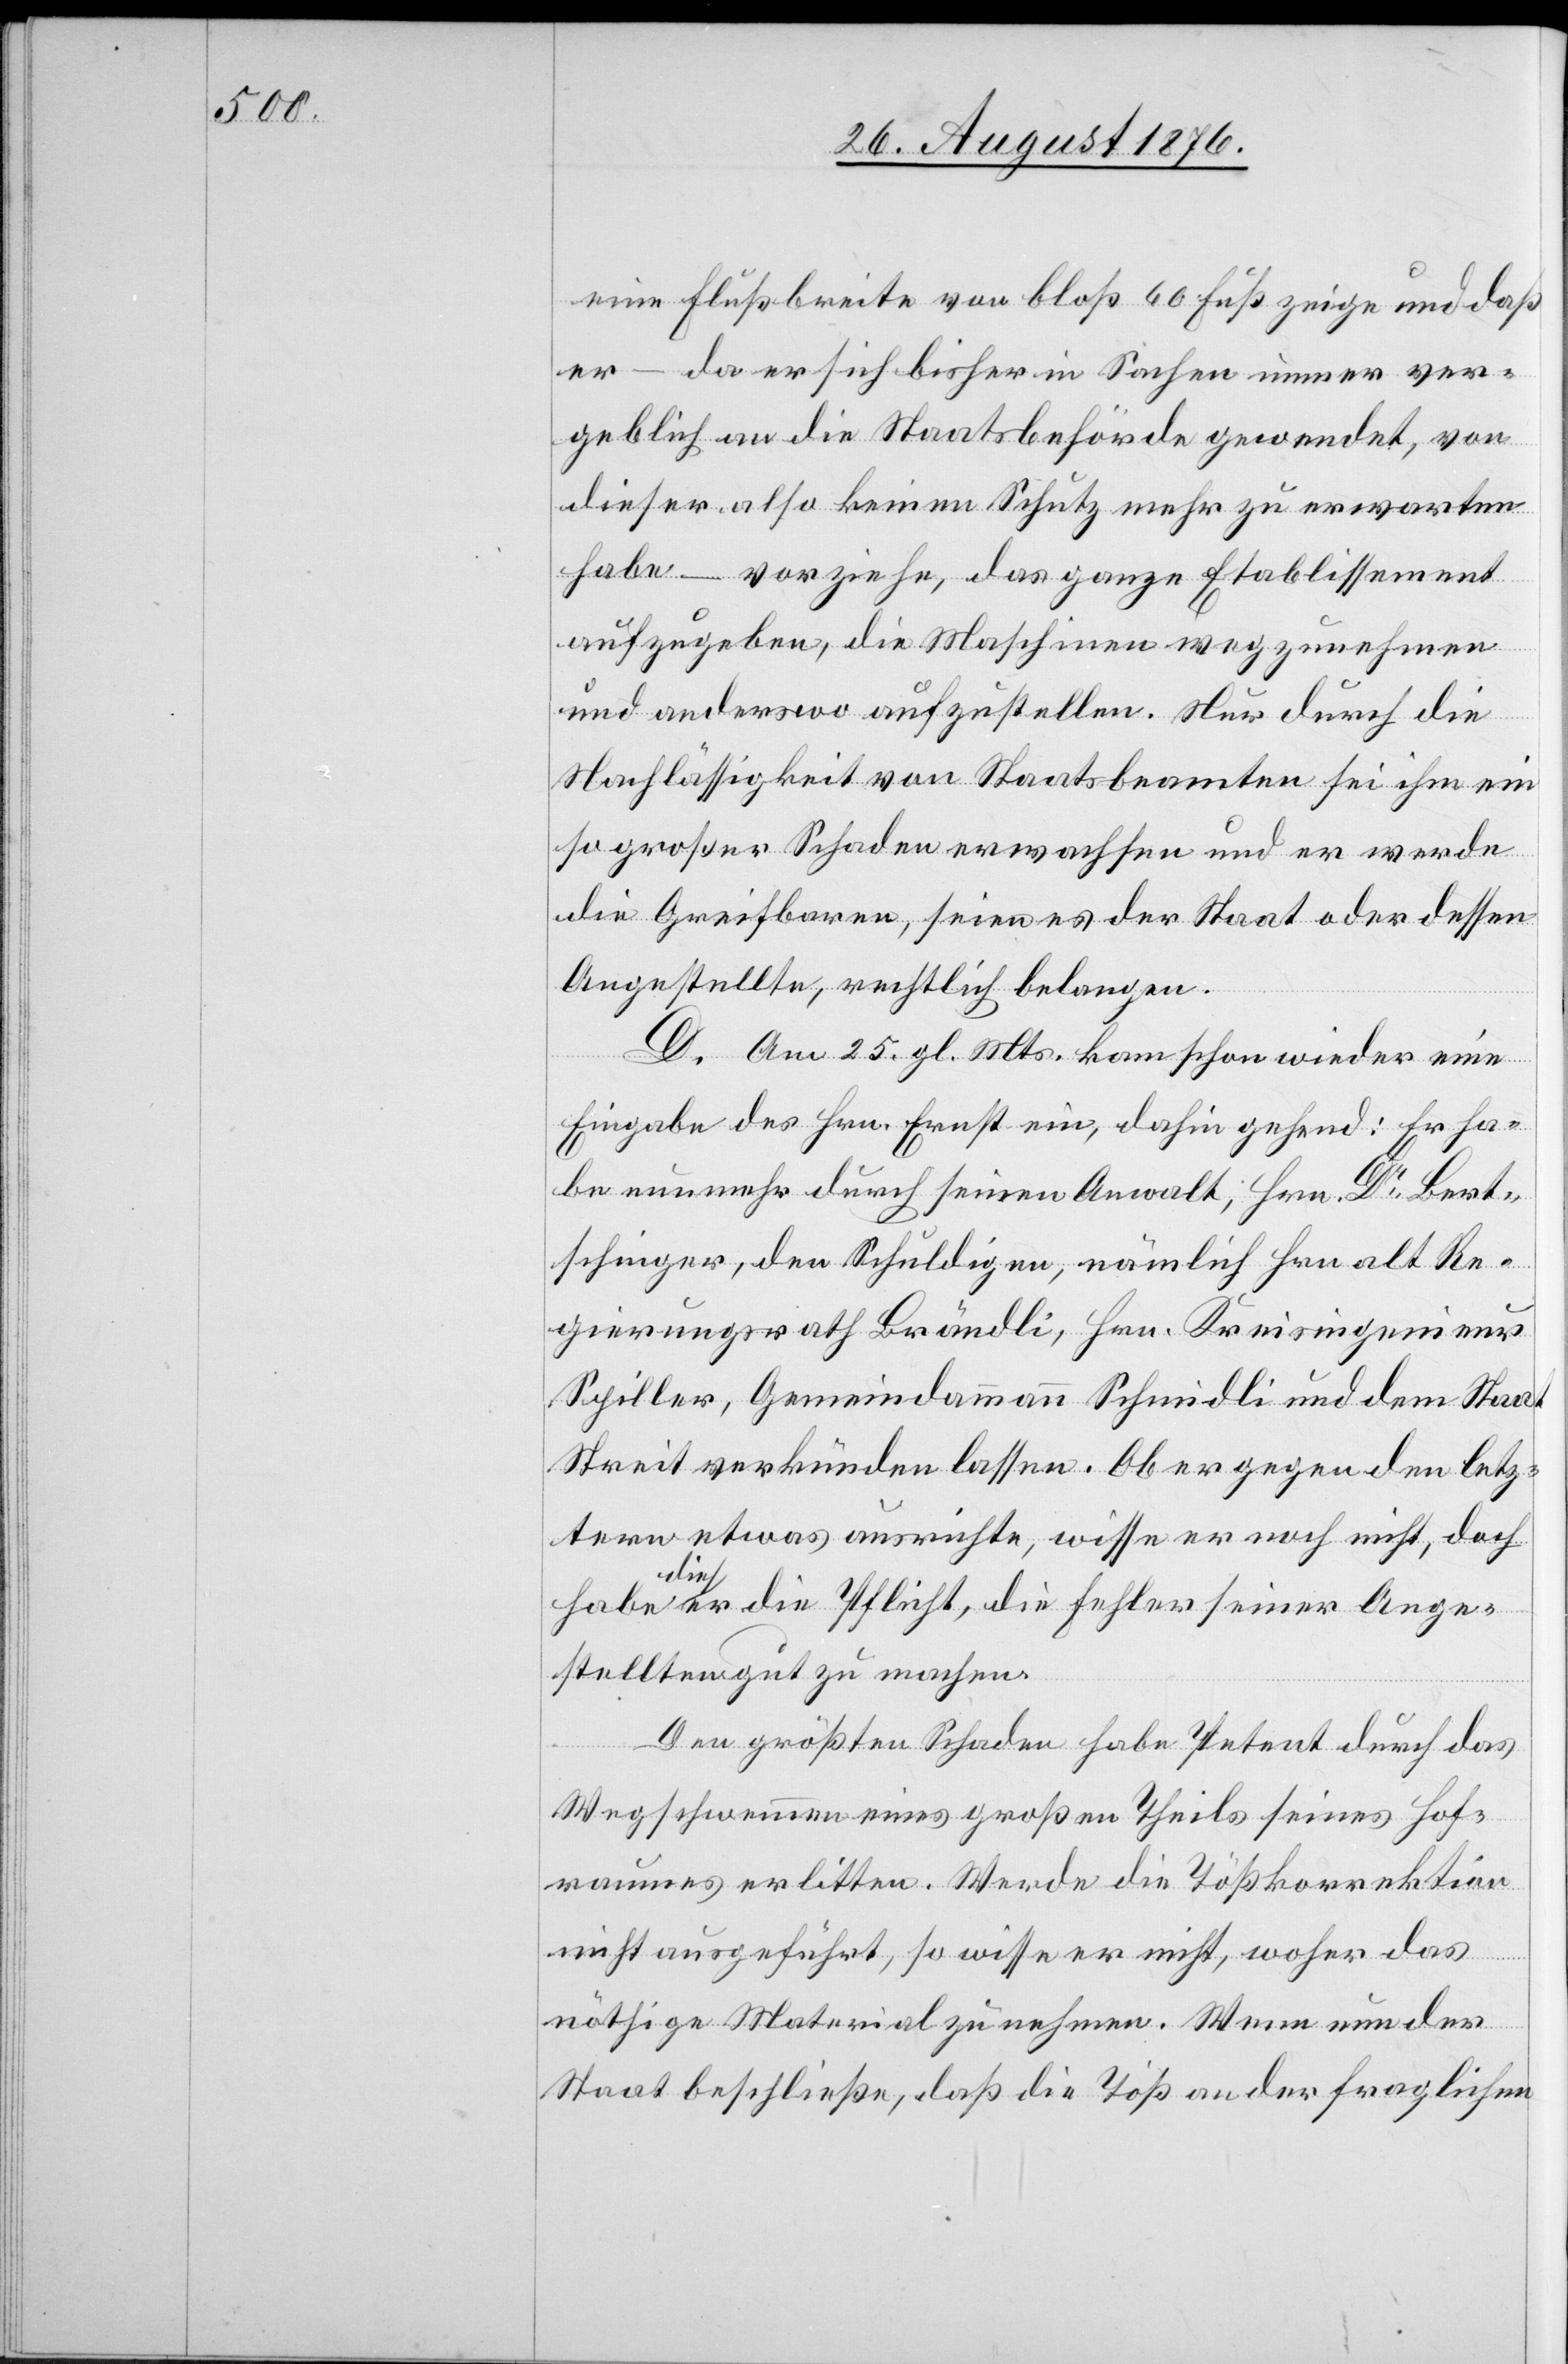
eine Flußbreite von bloß 60 Fuß zeige und daß
er – da er sich bisher in Sachen immer ver¬
geblich an die Staatsbehörde gewendet, von
dieser also keinen Schutz mehr zu erwarten
habe – vorziehe, das ganze Etablissement
aufzugeben, die Maschinen wegzunehmen
und anderswo aufzustellen. Nur durch die
Nachlässigkeit von Staatsbeamten sei ihm ein
so großer Schaden erwachsen und er werde
die Greifbaren, seien es der Staat oder dessen
Angestellte, rechtlich belangen.
D. Am 25. gl. Mts. kam schon wieder eine
Eingabe des Hrn. Ernst ein, dahin gehend: Er ha¬
be nunmehr durch seinen Anwalt, Hrn. Dr Bert¬
schinger, den Schuldigen, nämlich Hrn. alt Re¬
gierungsrath Brändli, Hrn. Kreisingenieur
Spiller, Gemeindammann Schmidli und dem Staat
streit verkünden lassen. Ob er gegen den letz¬
tern etwas ausrichte, wisse er noch nicht, doch
a dies aer die Pflicht, die Fehler seiner Ange¬
stellten gut zu machen.
Den größten Schaden habe Petent durch das
Wegschwemmen eines großen Theils seines Hof¬
raumes erlitten. Werde die Tößkorrektion
nicht ausgeführt, so wisse er nicht, woher das
nöthige Material zu nehmen. Wenn nun der
Staat beschließe, daß die Töß an der fraglichen